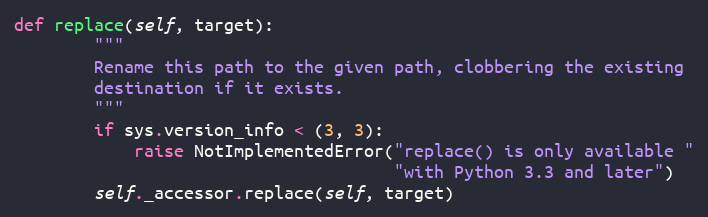
Language: Python
def replace(self, target):
        """
        Rename this path to the given path, clobbering the existing
        destination if it exists.
        """
        if sys.version_info < (3, 3):
            raise NotImplementedError("replace() is only available "
                                      "with Python 3.3 and later")
        self._accessor.replace(self, target)